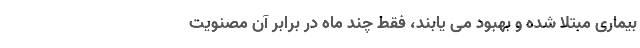
بیماری مبتلا شده و بهبود می یابند، فقط چند ماه در برابر آن مصنویت